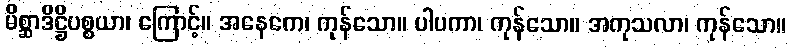
မိစ္ဆာဒိဋ္ဌိပစ္စယာ၊ ကြောင့်။ အနေကေ၊ ကုန်သော။ ပါပကာ၊ ကုန်သော။ အကုသလာ၊ ကုန်သော။